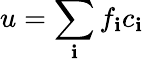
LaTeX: u=\sum_{\mathbf{i}}f_{\mathbf{i}}c_{\mathbf{i}}